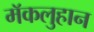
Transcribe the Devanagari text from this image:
मॅकलुहान